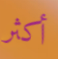
أكثر